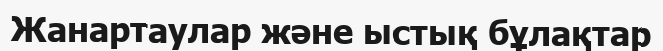
Жанартаулар және ыстық бұлақтар